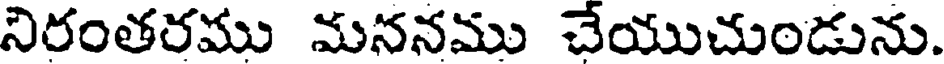
నిరంతరము మననము చేయుచుండును.